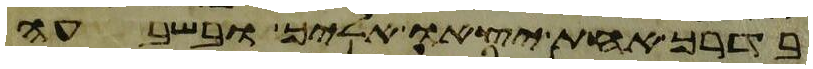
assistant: בדרך אחת יצאו אליך ובשבעה